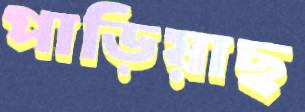
পাড়িয়াছ